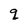
Character: q